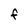
Character: F